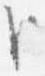
臣